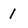
Character: 1